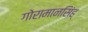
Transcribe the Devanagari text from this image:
गोरामानसिंह्